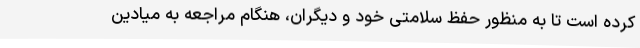
کرده است تا به منظور حفظ سلامتی خود و دیگران، هنگام مراجعه به میادین